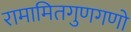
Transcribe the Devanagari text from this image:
रामामितगुणगणो